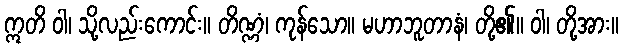
ဣတိ ဝါ၊ သို့လည်းကောင်း။ တိဏ္ဏံ၊ ကုန်သော။ မဟာဘူတာနံ၊ တို့၏။ ဝါ၊ တို့အား။